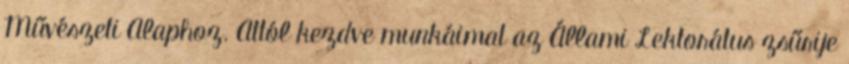
Művészeti Alaphoz. Attól kezdve munkáimat az Állami Lektorátus zsűrije